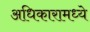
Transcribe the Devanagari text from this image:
अधिकारामध्ये